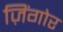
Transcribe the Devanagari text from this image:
ज़िंगोर